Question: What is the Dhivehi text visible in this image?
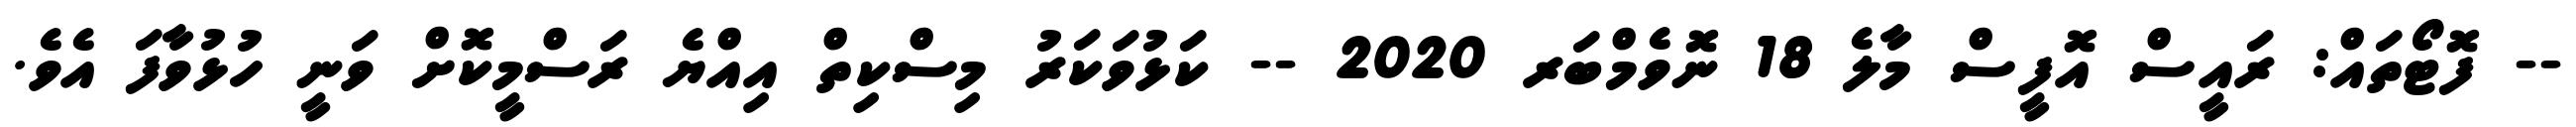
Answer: -- ފޮޓޯތައް: ރައީސް އޮފީސް މާލެ 18 ނޮވެމްބަރ 2020 -- ކަޅުވަކަރު މިސްކިތް އިއްޔެ ރަސްމީކޮށް ވަނީ ހުޅުވާފަ އެވެ.